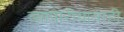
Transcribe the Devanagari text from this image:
व्यापारीयात्राही